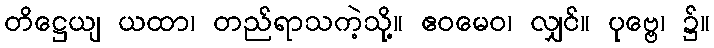
တိဋ္ဌေယျ ယထာ၊ တည်ရာသကဲ့သို့။ ဧဝမေဝ၊ လျှင်။ ပုဗ္ဗေ၊ ၌။